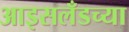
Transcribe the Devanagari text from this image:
आइसलँडच्या